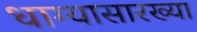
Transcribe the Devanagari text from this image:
धाग्यासारख्या